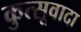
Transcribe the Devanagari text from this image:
कुत्सूवादा